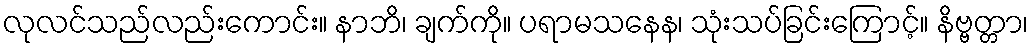
လုလင်သည်လည်းကောင်း။ နာဘိ၊ ချက်ကို။ ပရာမသနေန၊ သုံးသပ်ခြင်းကြောင့်။ နိဗ္ဗတ္တာ၊